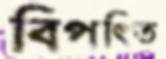
বিপত্তি